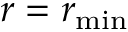
r = r _ { \operatorname* { m i n } }